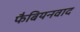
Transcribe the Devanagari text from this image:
फैबियनवाद